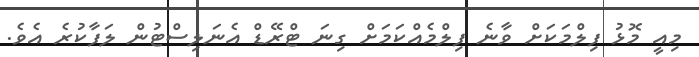
މިއީ މޮޅު ފިލްމަަކަށް ވާނެ ފިލްމެއްކަމަށް ގިނަ ޓްރޭޑް އެނަލިސްޓުން ލަފާކުރެ އެވެ.